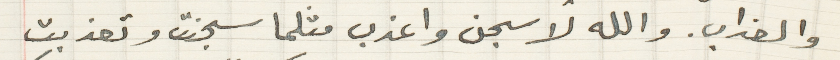
والعذاب. والله لاسجن واعذب مثلما سجنت وتعذبت